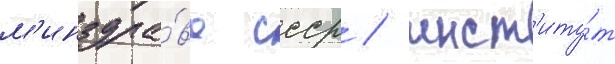
м'инздра́ва ссср / инст'иту́т